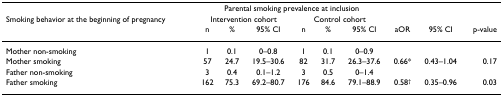
<table><thead><tr><td></td><td colspan="6"><b>Parental smoking prevalence at inclusion</b></td><td></td><td></td><td></td></tr><tr><td><b>Smoking behavior at the beginning of pregnancy</b></td><td colspan="3"><b>Intervention cohort</b></td><td colspan="3"><b>Control cohort</b></td><td></td><td></td><td></td></tr><tr><td></td><td><b>n</b></td><td><b>%</b></td><td><b>95% CI</b></td><td><b>n</b></td><td><b>%</b></td><td><b>95% CI</b></td><td><b>aOR</b></td><td><b>95% CI</b></td><td><b>p-value</b></td></tr></thead><tbody><tr><td>Mother non-smoking</td><td>1</td><td>0.1</td><td>0–0.8</td><td>1</td><td>0.1</td><td>0–0.9</td><td></td><td></td><td></td></tr><tr><td>Mother smoking</td><td>57</td><td>24.7</td><td>19.5–30.6</td><td>82</td><td>31.7</td><td>26.3–37.6</td><td>0.66*</td><td>0.43–1.04</td><td>0.17</td></tr><tr><td>Father non-smoking</td><td>3</td><td>0.4</td><td>0.1–1.2</td><td>3</td><td>0.5</td><td>0–1.4</td><td></td><td></td><td></td></tr><tr><td>Father smoking</td><td>162</td><td>75.3</td><td>69.2–80.7</td><td>176</td><td>84.6</td><td>79.1–88.9</td><td>0.58<sup>†</sup></td><td>0.35–0.96</td><td>0.03</td></tr></tbody></table>